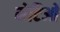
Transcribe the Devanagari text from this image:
मेटिओ